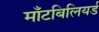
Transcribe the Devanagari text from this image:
माँटबिलियर्ड